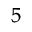
^ 5